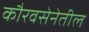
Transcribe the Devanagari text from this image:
कौरवसेनेतील